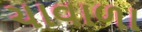
ચાવાળા